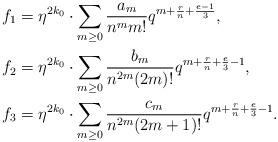
LaTeX: \begin{align*}f_1 &=\eta^{2k_0}\cdot\sum_{m \geq 0} \frac{a_m}{n^mm!}q^{m+\frac{r}{n}+\frac{e-1}{3}}, \\f_2&=\eta^{2k_0}\cdot\sum_{m \geq 0} \frac{b_m}{n^{2m}(2m)!}q^{m+\frac{r}{n}+\frac{e}{3}-1}, \\f_3 &=\eta^{2k_0}\cdot\sum_{m \geq 0} \frac{c_m}{n^{2m}(2m+1)!}q^{m+\frac{r}{n}+\frac{e}{3}-1}.\end{align*}